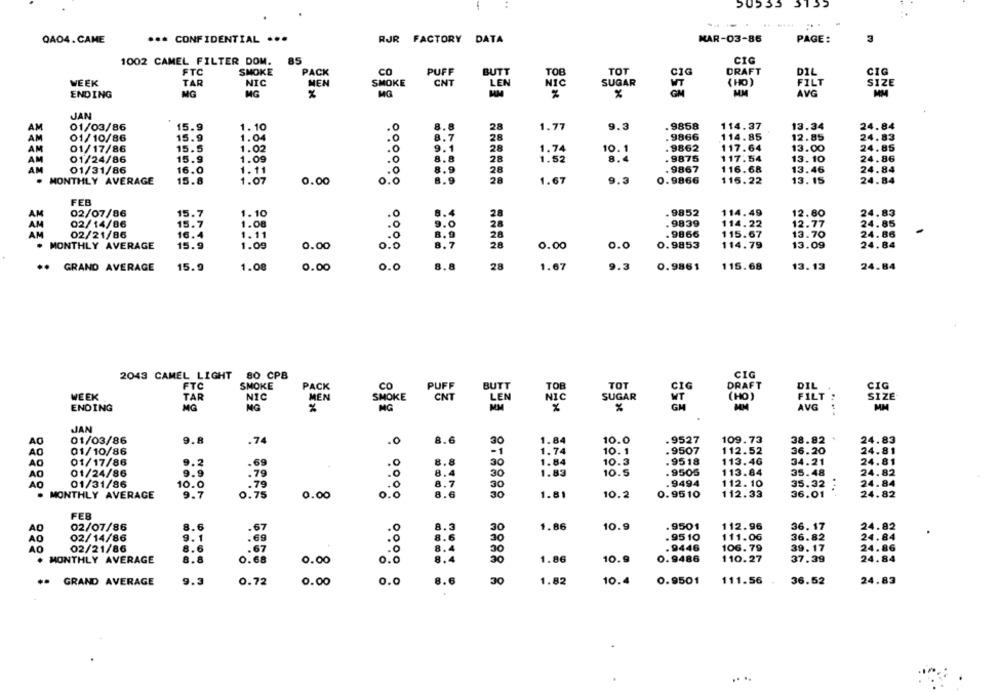
-
50533 3133
QA04. CAME
*** CONFIDENTIAL ...
RJR FACTORY DATA
MAR-03-86
PAGE:
3
1002 CAMEL FILTER DOM.
85
CIG
FTC
SMOKE
PACK
CO
PUFF
BUTT
TOB
TOT
CIG
DRAFT
DIL
CIG
WEEK
TAR
NIC
MEN
SMOKE
CNT
LEN
NIC
SUGAR
(HO)
FILT
SIZE
ENDING
MG
MG
%
MG
KM
%
MM
AVG
MM
JAN
8.8
28
01/03/86
15.9
1.10
.0
1.77
9.3
. 9858
114.37
13.34
24.84
01/10/86
15.9
1.04
.0
8.7
2R
.9866
114.85
12.85
24.83
01/17/86
15.5
1.02
.0
9.1
28
1.74
10. 1
. 9862
117.64
13.00
24.85
01/24/86
15.9
1.09
28
1.52
8.4
. 9875
117.54
13.10
24.86
AM
01/31/86
16.0
1.11
.0
8.9
28
.9867
116.68
13.46
24.84
MONTHLY AVERAGE
15.8
1.07
0.0
8.9
28
1.67
9.3
0.9866
115.22
13. 15
0.00
24.84
FEB
AM
02/07/86
15.7
1.10
3.4
. 9852
114.49
12.80
24.83
15.7
.9839
02/14/86
1.08
9.0
114.22
12.77
24.85
AM
02/21/86
16.4
1.11
. 9866
115.67
13.70
24.86
28
. MONTHLY AVERAGE
15.9
1.09
0.00
o.
28
0.00
0.0
0.9853
114.79
13.09
24.84
** GRAND AVERAGE
15.9
1.08
0.00
0.0
8.8
28
1.67
9.3
0.9861
115.68
13.13
24.84
CIG
2043 CAMEL LIGHT 80 CPB
FTC
SMOKE
PACK
CO
PUFF
BUTT
TOB
TOT
CIG
DRAFT
DIL
CIG
MEN
FILT
SIZE
WEEK
TAR
NIC
SMOKE
CNT
LEN
NIC
SUGAR
MT
(HO)
ENDING
MG
MG
MG
%
MM
AVG
MM
JAN
01/03/86
9.8
.74
.0
8.6
30
1.84
10.0
.9527
109.73
38.82
24.83
1.74
10. 1
.9507
36.20
24.81
AO
01/10/86
-1
112.52
AC
01/17/86
9.2
.0
8.8
30
1.84
10.3
.9518
113.46
34.21
24.81
. 9505
24.82
AO
01/24/86
9.9
.79
.O
8.
30
1.83
10.5
113.84
35.48
AO
01/31/86
10.0
79
.9494
112. 10
35.32
24.84
.0
8.7
30
. MONTHLY AVERAGE
9.7
0.75
0.00
0.0
8.6
30
1.81
10.2
0.9510
112.33
36.01
24.82
FEB
8.6
.67
1.86
10.9
.9501
112.96
36.17
24.82
AO
02/07/86
30
AO
02/14/86
9.1
30
.95 10
111.06
36.82
24.84
8.6
. 9446
106.79
39.17
24.86
AO
02/21/86
.67
MONTHLY AVERAGE
8.8
0.68
0.00
30
1.86
10.9
0.9486
110.27
37.39
24.84
9.3
0.72
0.0
8.6
30
1.82
10.4
0.9501
111.56
36.52
24.83
.. GRAND AVERAGE
0.00
...